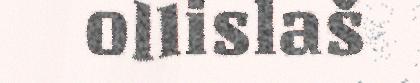
ollislaš